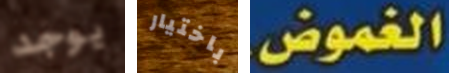
يوجد باختيار الغموض.